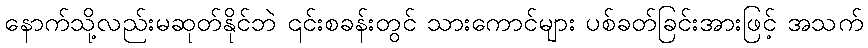
နောက်သို့လည်းမဆုတ်နိုင်ဘဲ ၎င်းစခန်းတွင် သားကောင်များ ပစ်ခတ်ခြင်းအားဖြင့် အသက်